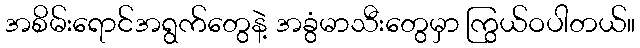
အစိမ်းရောင်အရွက်တွေနဲ့ အခွံမာသီးတွေမှာ ကြွယ်ဝပါတယ်။